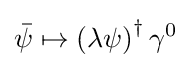
{\bar {\psi }}\mapsto \left(\lambda \psi \right)^{\dagger }\gamma ^{0}